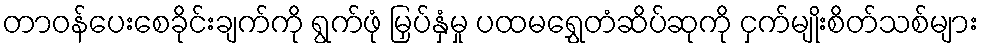
တာဝန်ပေးစေခိုင်းချက်ကို ရွက်ဖုံ မြှပ်နှံမှု ပထမရွှေတံဆိပ်ဆုကို ငှက်မျိုးစိတ်သစ်များ